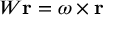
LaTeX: W \mathbf { r } = \omega \times \mathbf { r }